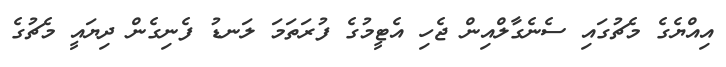
އިއްޔެގެ މެޗުގައި ސެނެގާލްއިން ޖެހި އެޓީމުގެ ފުރަތަމަ ލަނޑު ފެނިގެން ދިޔައީ މެޗުގެ